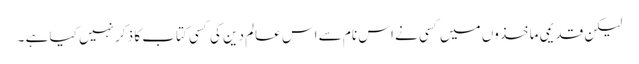
لیکن قدیمی ماخذوں میں کسی نے اس نام سے اس عالم دین کی کسی کتاب کا ذکر نہیں کیا ہے ۔